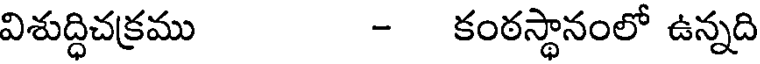
విశుద్ధిచక్రము - కంఠస్థానంలో ఉన్నది